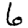
Digit: 6